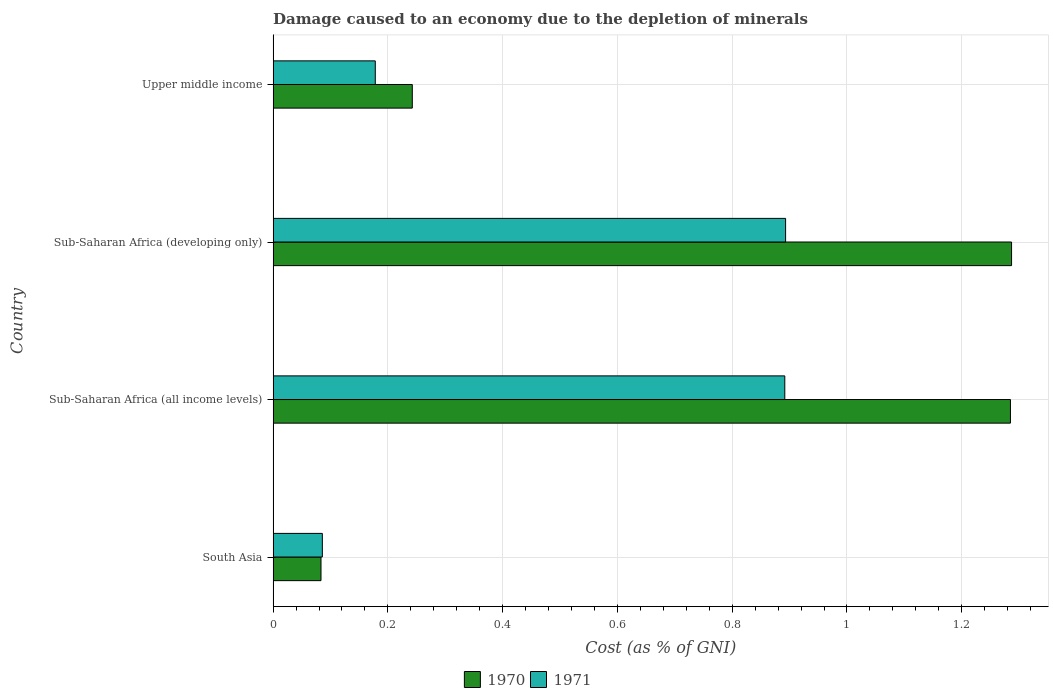
| Country | 1970 | 1971 |
 | --- | --- | --- |
 | South Asia | 0.0834 | 0.0858 |
 | Sub-Saharan Africa (all income levels) | 1.28 | 0.892 |
 | Sub-Saharan Africa (developing only) | 1.29 | 0.893 |
 | Upper middle income | 0.243 | 0.178 |